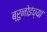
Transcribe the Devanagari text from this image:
ब्रुनोईच्या